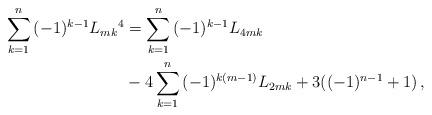
LaTeX: \begin{align*}\sum_{k = 1}^n {( - 1)^{k - 1} L_{mk}{}^4 } &= \sum_{k = 1}^n {( - 1)^{k - 1} L_{4mk} }\\& - 4\sum_{k = 1}^n {( - 1)^{k(m - 1)} L_{2mk} } + 3(( - 1)^{n - 1} + 1)\,,\end{align*}